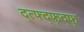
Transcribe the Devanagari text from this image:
द्त्फ्द्फ्द्फ्